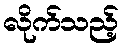
လိုက်သည့်